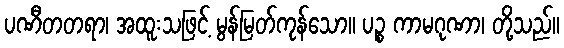
ပဏီတတရာ၊ အထူးသဖြင့် မွန်မြတ်ကုန်သော။ ပဉ္စ ကာမဂုဏာ၊ တို့သည်။